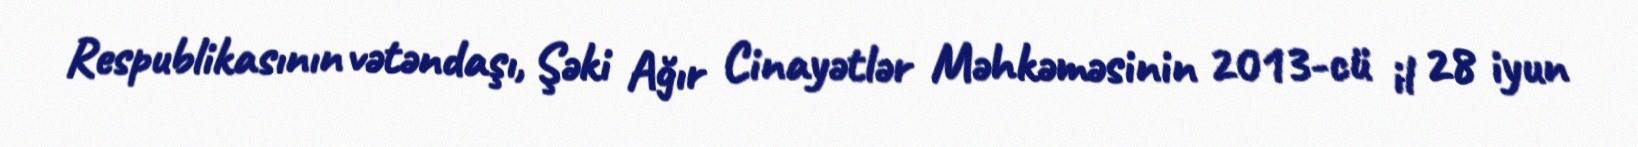
Respublikasının vətəndaşı, Şəki Ağır Cinayətlər Məhkəməsinin 2013-cü il 28 iyun